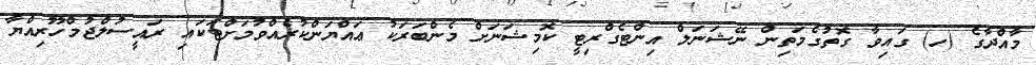
މާއްދާގެ (ހ) ގައިވާ ގޮތުގެމަތިން ނޭޝަނަލް އިންޓެގްރިޓީ ކޮމިޝަނަށް މެންބަރަކު ޢައްޔަންކުރެއްވުމަށްޓަކައި ރައީސުލްޖުމްހޫރިއްޔާ